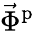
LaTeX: \vec{\Phi}^{\mathrm{p}}